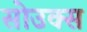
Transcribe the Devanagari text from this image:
सोउक्स